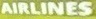
AIRLINES